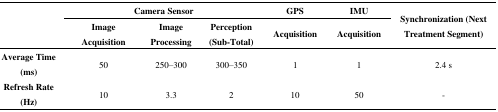
| <ROWSPAN=3>  | <COLSPAN=3> Camera Sensor | GPS | IMU | <ROWSPAN=3> Synchronization (Next Treatment Segment) |
 | Image Acquisition | Image Processing | Perception (Sub-Total) | Acquisition | Acquisition |
 | --- | --- | --- | --- | --- | --- | --- |
 | Average Time (ms) | 50 | 250–300 | 300–350 | 1 | 1 | 2.4 s |
 | Refresh Rate (Hz) | 10 | 3.3 | 2 | 10 | 50 | - |